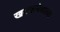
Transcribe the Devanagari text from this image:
खटकनेवाला